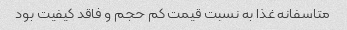
متاسفانه غذا به نسبت قیمت کم حجم و فاقد کیفیت بود